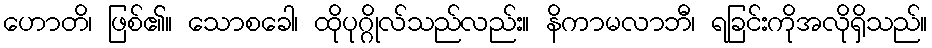
ဟောတိ၊ ဖြစ်၏။ သောစခေါ၊ ထိုပုဂ္ဂိုလ်သည်လည်း။ နိကာမလာဘီ၊ ရခြင်းကိုအလိုရှိသည်။